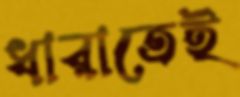
ধারাতেই